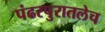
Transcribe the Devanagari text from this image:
पंढरपुरातलेच